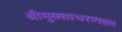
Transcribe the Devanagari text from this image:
श्रीमुक्ताभरणव्रत